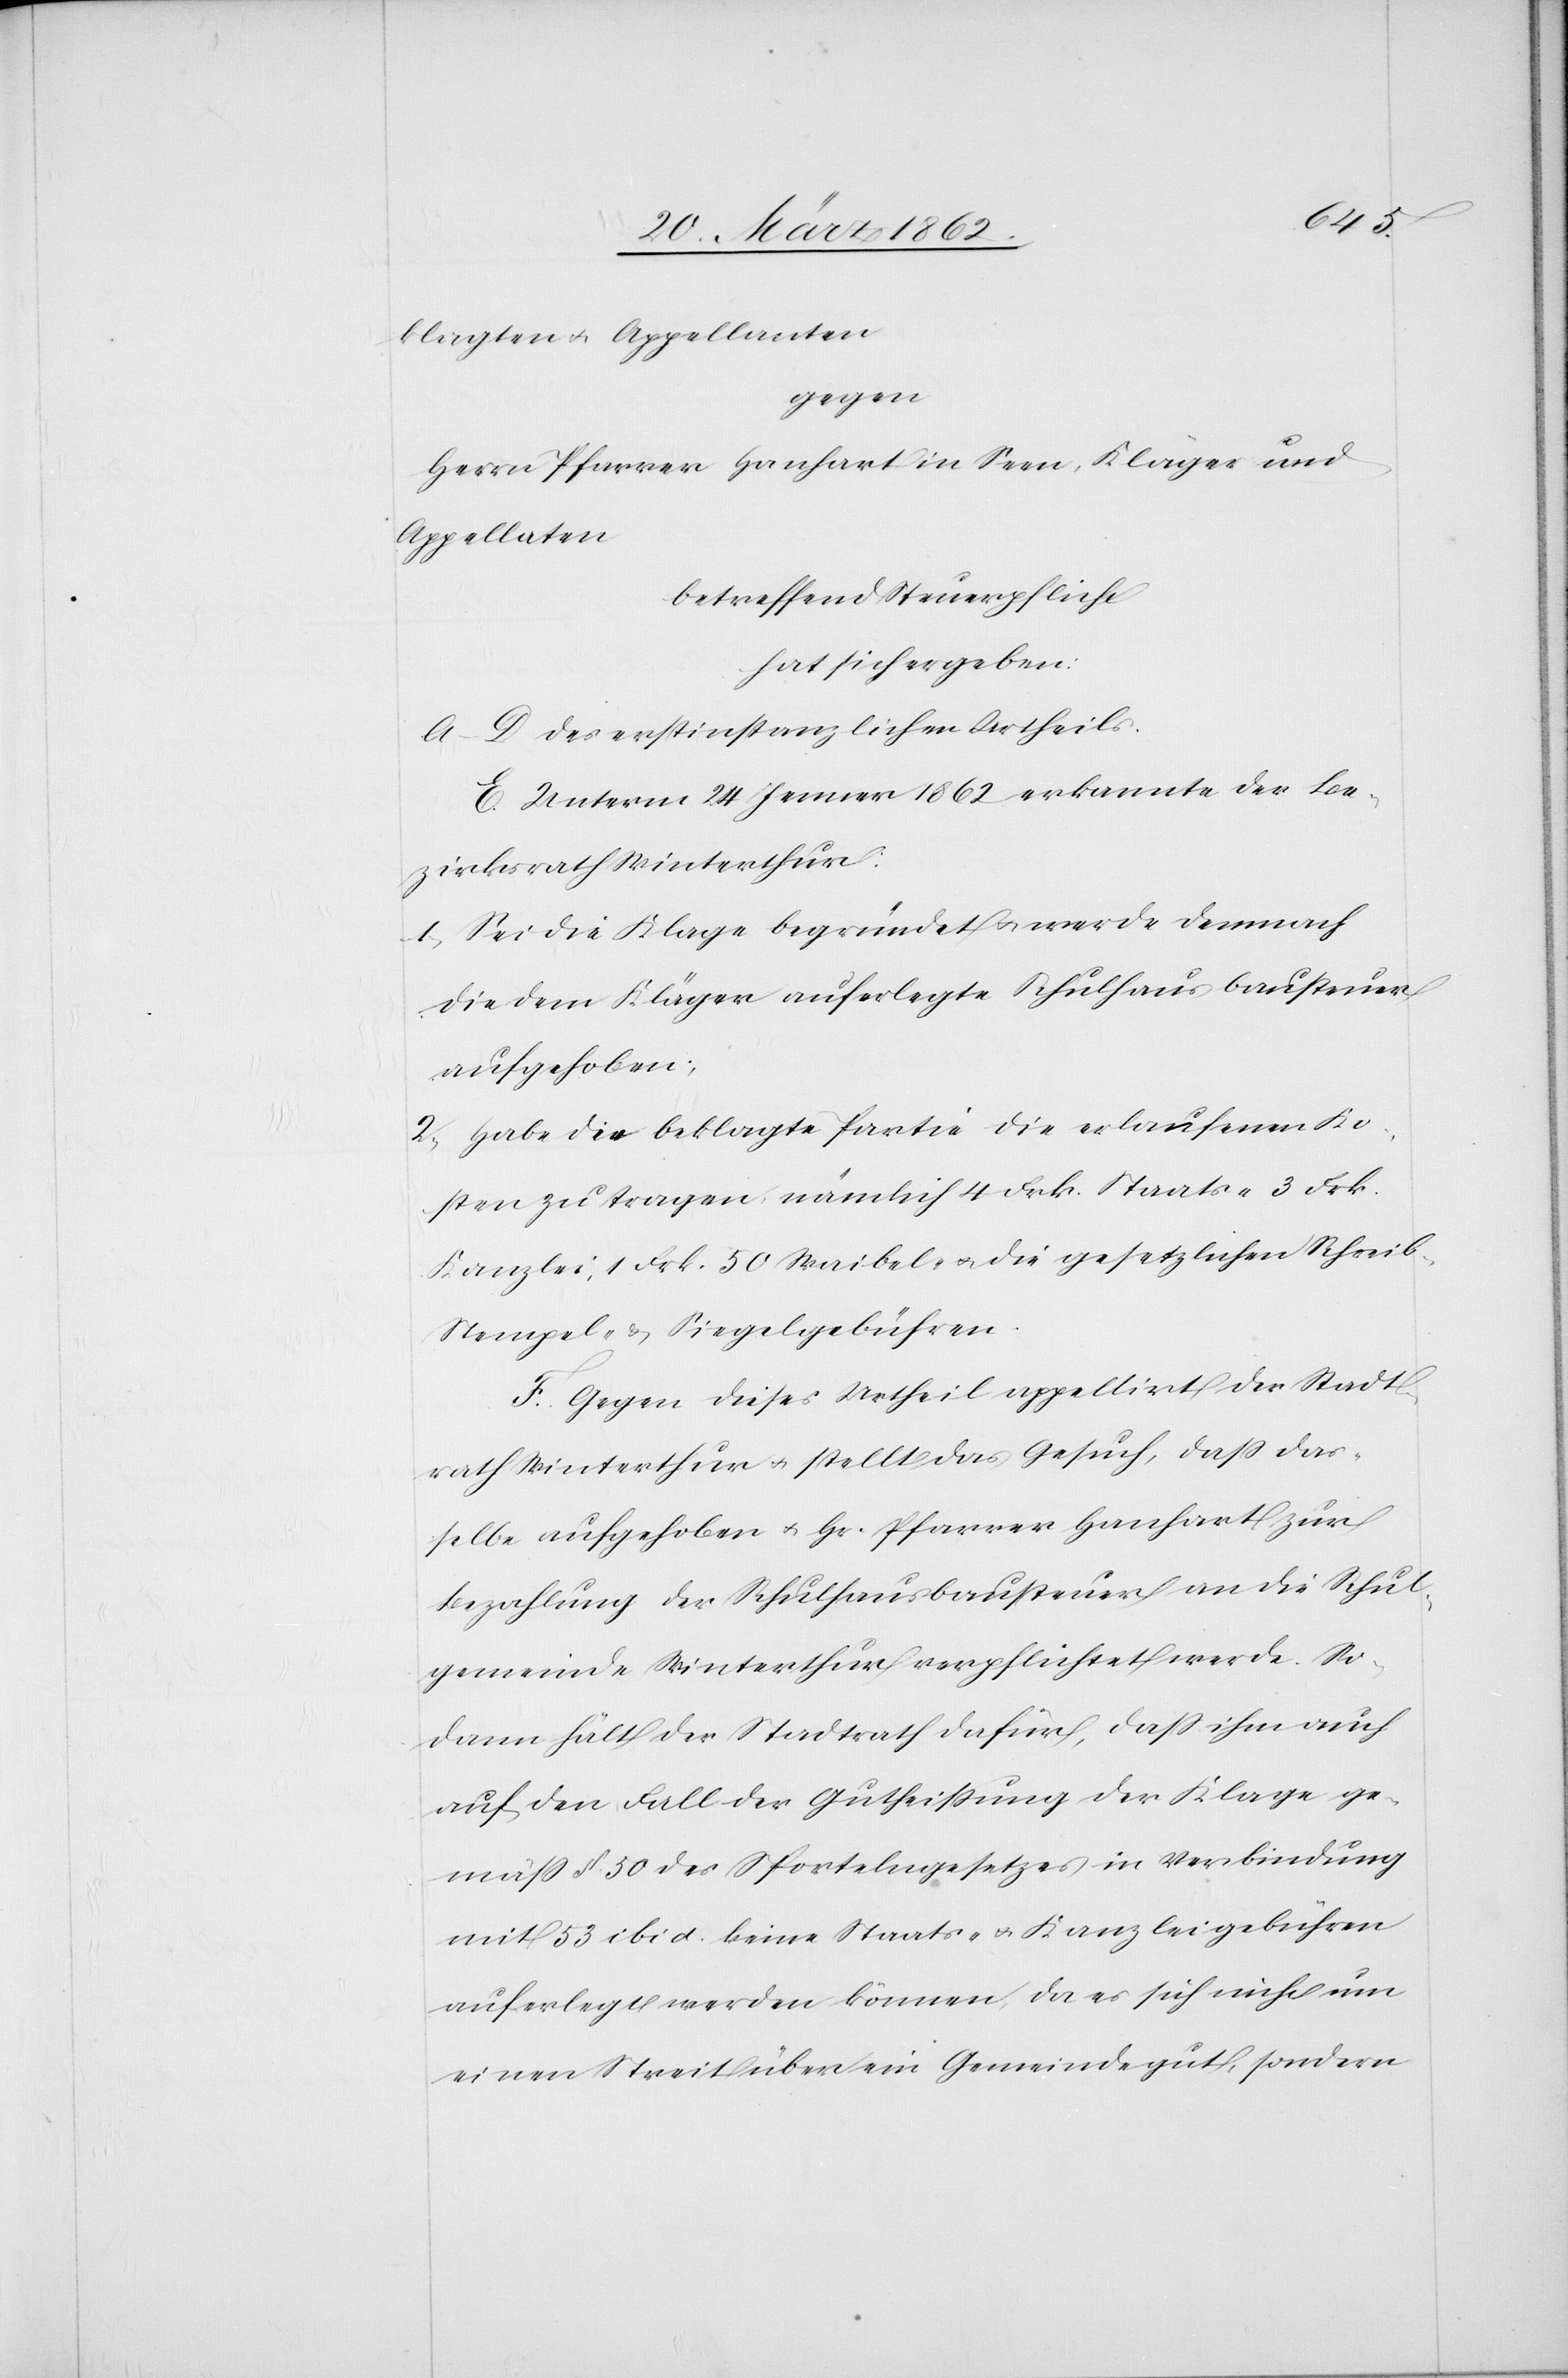
klagten u. Appellanten
gegen
Herrn Pfarrer Hanhart in Seen, Kläger und
Appellaten
betreffend Steuerpflicht
hat sich ergeben:
A – D des erstinstanzlichen Urtheils.
E. Unterm 24 Jenner 1862 erkannte der Be¬
zirksrath Winterthur:
1) Sei die Klage begründet u. werde demnach
die dem Kläger auferlegte Schulhausbausteuer
aufgehoben;
2) Habe die beklagte Partie die erlaufenen Ko¬
sten zu tragen, nämlich 4 Frk. Staats- 3 Frk.
Kanzlei, 1 Frk. 50 Waibel- u. die gesetzlichen Schreib-
Stempel- & Siegelgebühren.
F. Gegen dieses Urtheil appellirt der Stadt¬
rath Winterthur u. stellt das Gesuch, daß das¬
selbe aufgehoben u. Hr. Pfarrer Hanhart zur
Bezahlung der Schulhausbausteuer an die Schul¬
gemeinde Winterthur verpflichtet werde. So¬
dann hält der Stadtrath dafür, daß ihm auch
auf den Fall der Gutheißung der Klage ge¬
mäß §. 50 des Sportelngesetzes in Verbindung
mit 53 ibid. keine Staats- u. Kanzleigebühren
auferlegt werden können, da es sich nicht um
einen Streit über eine Gemeindegut, sondern